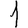
Digit: 1